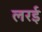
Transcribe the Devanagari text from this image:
लरई